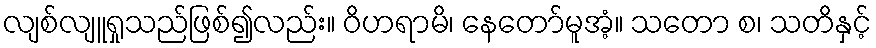
လျစ်လျူရှုသည်ဖြစ်၍လည်း။ ဝိဟရာမိ၊ နေတော်မူအံ့။ သတော စ၊ သတိနှင့်